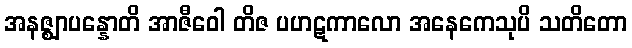
အနဇ္ဈာပန္နောတိ အာဇီဝေါ တိဇ ပဟဋကာလော အနေကေသုပိ သတိတော